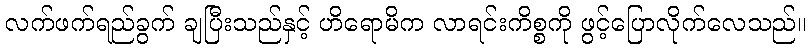
လက်ဖက်ရည်ခွက် ချပြီးသည်နှင့် ဟိရောမိက လာရင်းကိစ္စကို ဖွင့်ပြောလိုက်လေသည်။